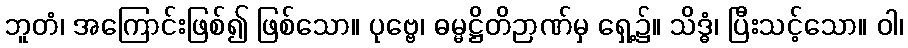
ဘူတံ၊ အကြောင်းဖြစ်၍ ဖြစ်သော။ ပုဗ္ဗေ၊ ဓမ္မဋ္ဌိတိဉာဏ်မှ ရှေ့၌။ သိဒ္ဓံ၊ ပြီးသင့်သော။ ဝါ၊